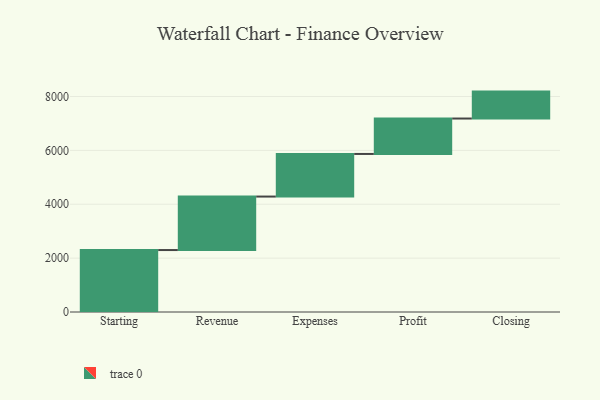
{"axis": {"x": "Step", "y": "Value"}, "legend": [""], "data": [{"x": "Starting", "y": 2300.0, "type": ""}, {"x": "Revenue", "y": 1986.0, "type": ""}, {"x": "Expenses", "y": 1582.0, "type": ""}, {"x": "Profit", "y": 1315.0, "type": ""}, {"x": "Closing", "y": 1000, "type": ""}]}